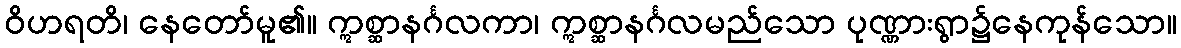
ဝိဟရတိ၊ နေတော်မူ၏။ ဣစ္ဆာနင်္ဂလကာ၊ ဣစ္ဆာနင်္ဂလမည်သော ပုဏ္ဏားရွာ၌နေကုန်သော။